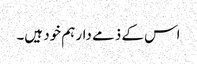
اس کے ذمے دار ہم خود ہیں۔